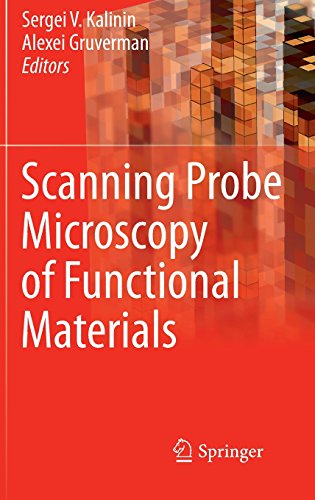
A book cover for Scanning Probe Microscopy of Functional Materials: Nanoscale Imaging and Spectroscopy; Science & Math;